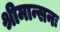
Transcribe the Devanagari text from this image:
श्रीमान्सनः